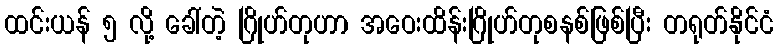
ထင်းယန် ၅ လို့ ခေါ်တဲ့ ဂြိုဟ်တုဟာ အဝေးထိန်းဂြိုဟ်တုစနစ်ဖြစ်ပြီး တရုတ်နိုင်ငံ